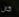
كان